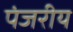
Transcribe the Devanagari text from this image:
पंजरीय